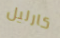
كارليل